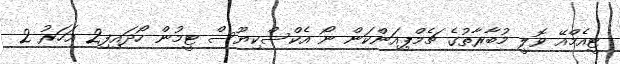
ޓީއެމްއޭ ވޮލީ މުބާރާތުގެ ޗެމްޕިއަންކަން ނޯ އެކްސްކިޔޫސް ޓީމުން ހޯދައިފި2 އަހަރު 2